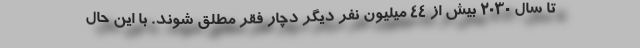
تا سال ۲۰۳۰ بیش از ۴۴ میلیون نفر دیگر دچار فقر مطلق شوند. با این حال